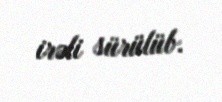
irəli sürülüb.